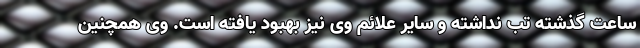
ساعت گذشته تب نداشته و سایر علائم وی نیز بهبود یافته است. وی همچنین